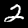
Label: 2